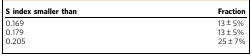
| S index smaller than | Fraction |
 | --- | --- |
 | 0.169 | 13±5% |
 | 0.179 | 13±5% |
 | 0.205 | 25±7% |